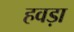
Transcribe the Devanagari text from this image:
हवड़ा